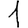
Digit: 1